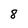
Character: 8